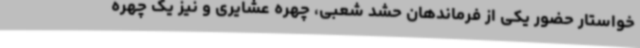
خواستار حضور یکی از فرماندهان حشد شعبی، چهره عشایری و نیز یک چهره